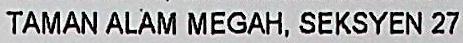
TAMAN ALAM MEGAH, SEKSYEN 27